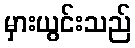
မှားယွင်းသည်